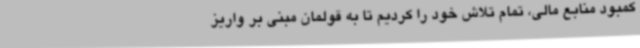
کمبود منابع مالی، تمام تلاش خود را کردیم تا به قولمان مبنی بر واریز